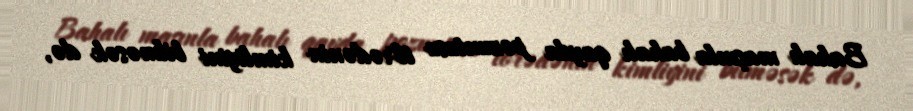
Bahalı maşınla bahalı qayda pozuntusu törədənin kimliyini bilməsək də,